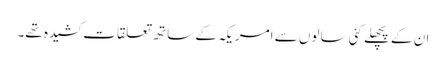
ان کے پچھلے کئی سالوں سے امریکہ کے ساتھ تعلقات کشیدہ تھے۔